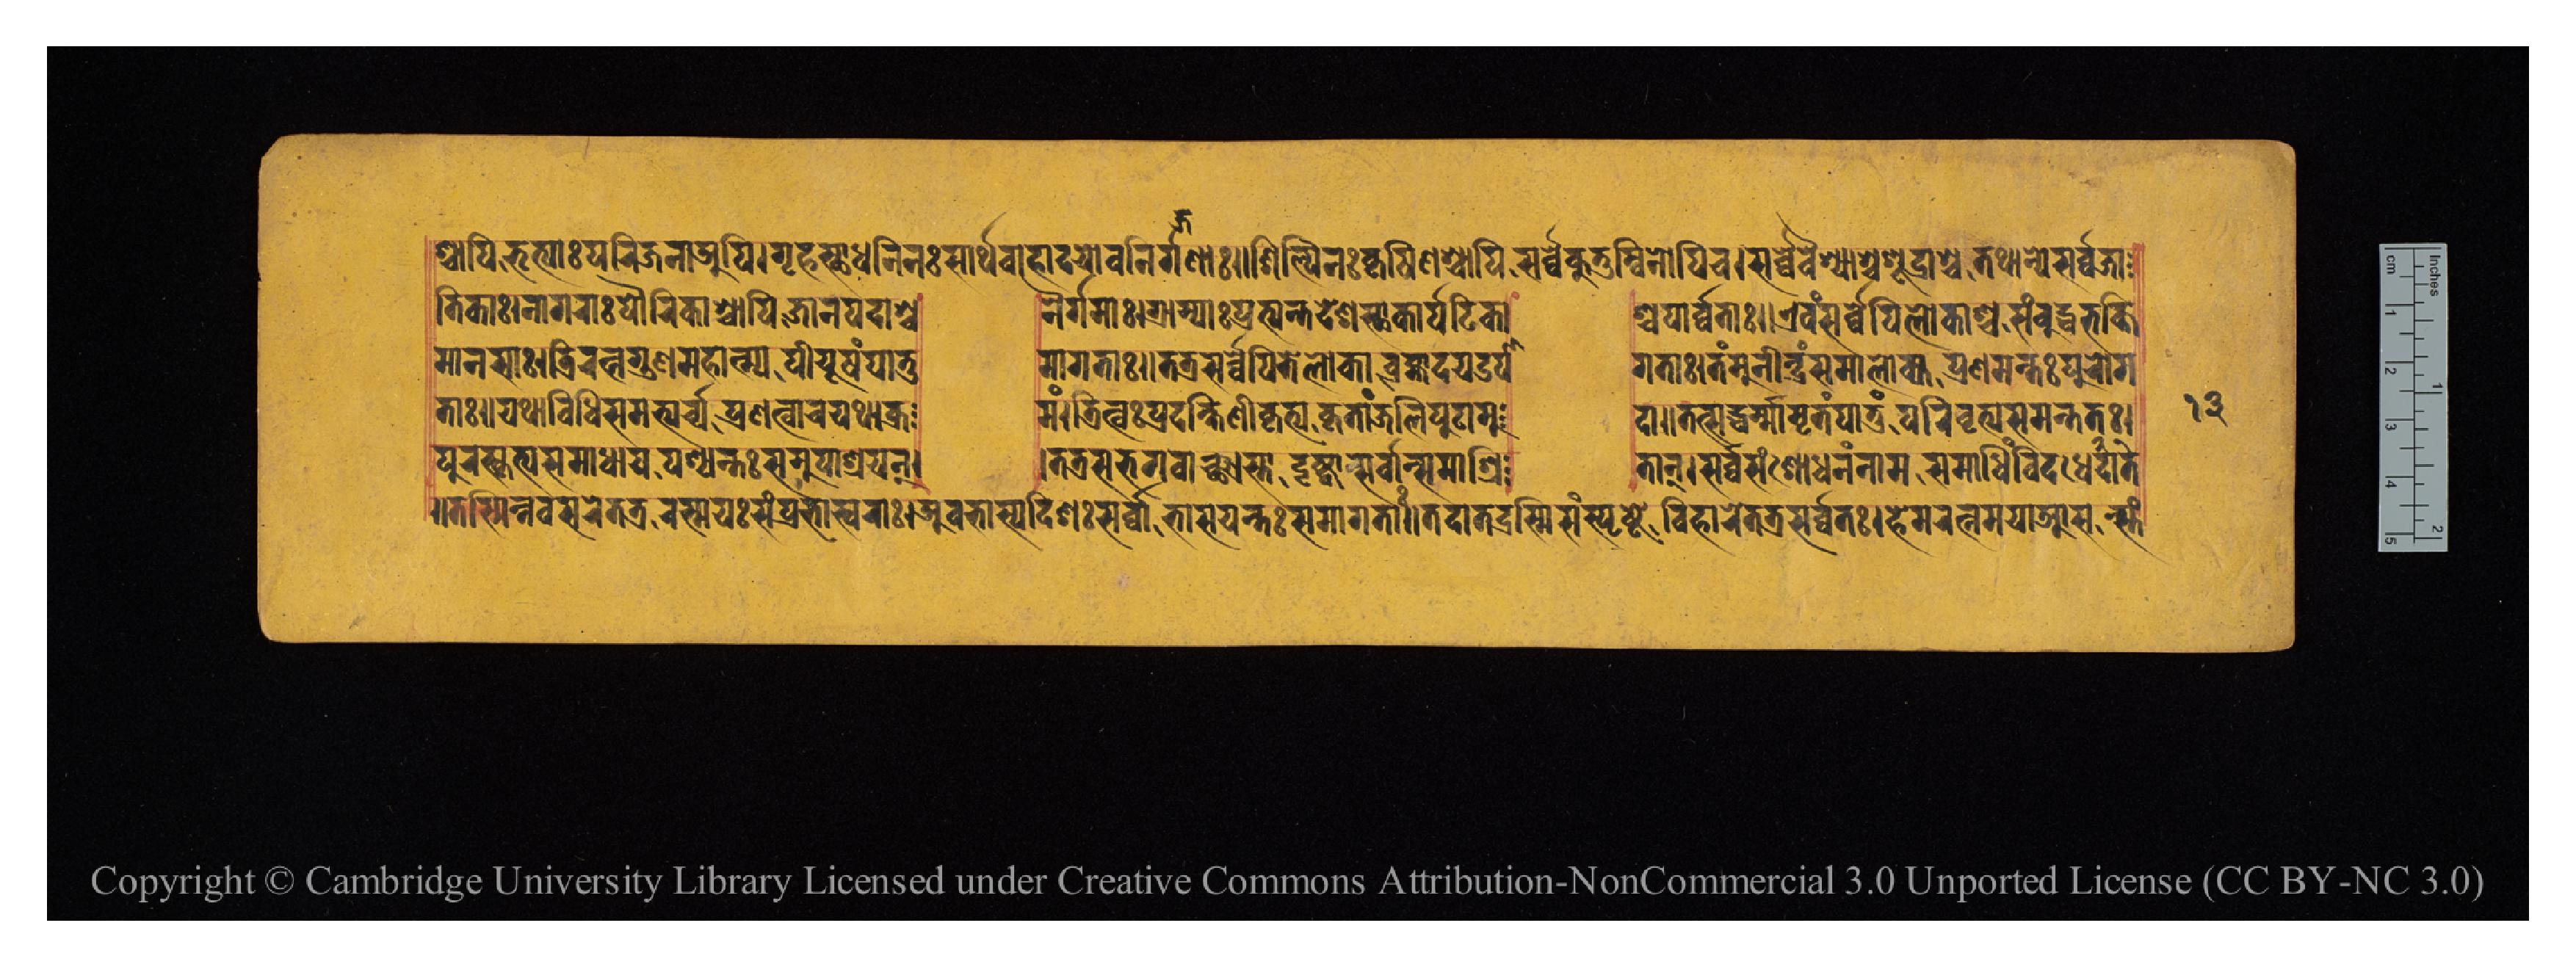
𑐱𑑂𑐔𑐵𑐥𑐶𑐨𑐺𑐟𑑂𑐫𑐵𑑅𑐥𑐬𑐶𑐖𑐣𑐵𑐀𑐥𑐶𑑋𑐐𑐺𑐴𑐳𑑂𑐠𑐵𑐢𑐣𑐶𑐣𑑅𑐳𑐵𑐬𑑂𑐠𑐰𑐵𑐴𑐵𑐡𑐫𑑀𑐰𑐞𑐶𑐐𑑂𑐐𑐞𑐵𑑅𑑌𑐱𑐶𑐮𑑂𑐥𑐶𑐣𑑄𑐎𑐻𑐲𑐶𑐞𑐱𑑂𑐔𑐵𑐥𑐶𑐳𑐬𑑂𑐰𑑂𑐰𑐾𑐎𑐸𑐚𑐸𑐩𑑂𑐧𑐶𑐣𑑀𑐥𑐶𑐔𑑋𑐳𑐬𑑂𑐰𑑂𑐰𑐾𑐰𑐿𑐱𑑂𑐫𑐵𑐱𑑂𑐔𑐱𑐹𑐡𑑂𑐬𑐵𑐱𑑂𑐔𑐟𑐠𑐵𑐣𑑂𑐫𑐾𑐳𑐬𑑂𑐰𑑂𑐰𑐖𑐵 𑐟𑐶𑐎𑐵𑑅𑑋𑐣𑐵𑐐𑐬𑐵𑑅𑐥𑑁𑐬𑐶𑐎𑐵𑐱𑑂𑐔𑐵𑐥𑐶𑐖𑐵𑐣𑐥𑐡𑐵𑐱𑑂𑐔  𑐣𑐿𑐐𑐩𑐵𑑅𑑋𑐐𑑂𑐬𑐵𑐩𑑂𑐫𑐵𑑅𑐥𑑂𑐬𑐟𑑂𑐫𑐣𑑂𑐟𑐡𑐾𑐱𑐳𑑂𑐠𑐵𑑅𑐎𑐵𑐬𑑂𑐥𑐚𑐶𑐎𑐵  𑐱𑑂𑐔𑐥𑐵𑐬𑑂𑐰𑐟𑐵𑑅𑑌𑐊𑐰𑑄𑐳𑐬𑑂𑐰𑑂𑐰𑐾𑐥𑐶𑐮𑑀𑐎𑐵𑐱𑑂𑐔𑐳𑑄𑐧𑐸𑐡𑑂𑐢𑐨𑐟𑑂𑐟𑐶 𑐩𑐵𑐣𑐳𑐵𑑅𑑋𑐟𑑂𑐬𑐶𑐬𑐟𑑂𑐣𑐐𑐸𑐞𑐩𑐵𑐴𑐵𑐟𑑂𑐫𑑄𑐥𑐷𑐫𑐸𑐲𑑄𑐥𑐵𑐟𑐸  𑐩𑐵𑐐𑐟𑐵𑑅𑑌𑐟𑐟𑑂𑐬𑐳𑐬𑑂𑐰𑑂𑐰𑐾𑐥𑐶𑐟𑐾𑐮𑑀𑐎𑐵𑐧𑑂𑐬𑐴𑑂𑐩𑐵𑐀𑐡𑐫𑑁𑐥𑐵  𑐐𑐟𑐵𑑅𑑋𑐟𑑄𑐩𑐸𑐣𑐷𑐣𑑂𑐡𑑂𑐬𑑄𑐳𑐩𑐵𑐮𑑀𑐎𑑂𑐫𑐥𑑂𑐬𑐞𑐩𑐣𑑂𑐟𑑅𑐥𑐸𑐬𑑀𑐐 𑐟𑐵𑑅𑑌𑐫𑐠𑐵𑐰𑐶𑐢𑐶𑐳𑐩𑐨𑑂𑐫𑐬𑑂𑐔𑑂𑐫𑐥𑑂𑐬𑐞𑐟𑑂𑐰𑐵𑐔𑐫𑐠𑐵𑐎𑑂𑐬  𑐩𑑄𑑋𑐟𑐶𑐳𑑂𑐟𑑂𑐬𑑅𑐥𑑂𑐬𑐡𑐎𑑂𑐲𑐶𑐞𑐷𑐎𑐺𑐟𑑂𑐫𑐎𑐺𑐟𑐵𑐘𑑂𑐖𑐮𑐶𑐥𑐸𑐚𑐵𑐩𑐸  𑐡𑐵𑑌𑐟𑐟𑑂𑐳𑐡𑑂𑐢𑐬𑑂𑐩𑐵𑐩𑐺𑐟𑑄𑐥𑐵𑐟𑐸𑑄𑐥𑐬𑐶𑐰𑐺𑐟𑑂𑐫𑐳𑐩𑐣𑑂𑐟𑐟𑑅𑑋 𑐥𑐸𑐬𑐳𑑂𑐎𑐺𑐟𑑂𑐫𑐳𑐩𑐵𑐢𑐵𑐫𑐥𑐱𑑂𑐫𑐣𑑂𑐟𑑅𑐳𑐩𑐸𑐥𑐵𑐱𑑂𑐬𑐫𑐣𑑂  𑑋𑐟𑐟𑑂𑐬𑐳𑐨𑐐𑐰𑐵𑑄𑐳𑑂𑐟𑐵𑐣𑑂𑐡𑐺𑐲𑑂𑐚𑑂𑐰𑐵𑐳𑐬𑑂𑐰𑑂𑐰𑐵𑐣𑑂𑐳𑐩𑐵𑐱𑑂𑐬𑐶  𑐟𑐵𑐣𑑂𑑋𑐳𑐬𑑂𑐰𑑂𑐰𑐳𑑄𑐱𑑀𑐢𑐣𑑄𑐣𑐵𑐩𑐳𑐩𑐵𑐢𑐶𑑄𑐰𑐶𑐡𑐢𑐾𑐡𑐵𑐟𑐾 𑑌𑐟𑐳𑑂𑐩𑐶𑐣𑑂𑐣𑐰𑐳𑐬𑐾𑐟𑐟𑑂𑐬𑐬𑐱𑑂𑐩𑐫𑑅𑐳𑑄𑐥𑑂𑐬𑐨𑐵𑐳𑑂𑐰𑐬𑐵𑑅𑑋𑐀𑐰𑐨𑐵𑐳𑑂𑐫𑐡𑐶𑐱𑑅𑐳𑐬𑑂𑐰𑑂𑐰𑐵𑐨𑐵𑐳𑐫𑐣𑑂𑐟𑑅𑐳𑐩𑐵𑐐𑐟𑐵𑑅𑑌𑐟𑐡𑐵𑐟𑐡𑑂𑐬𑐱𑑂𑐩𑐶𑐳𑑄𑐳𑑂𑐥𑐺𑐲𑑂𑐚𑐾𑐰𑐶𑐴𑐵𑐬𑐾𑐟𑐟𑑂𑐬𑐳𑐬𑑂𑐰𑑂𑐰𑐟𑑅𑑋𑐴𑐾𑐩𑐬𑐟𑑂𑐣𑐩𑐫𑐵𑐁𑐳𑐣𑑂𑐳𑑂𑐟𑑄 𑑑𑑓